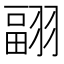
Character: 𦑭